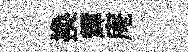
换輝庵